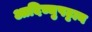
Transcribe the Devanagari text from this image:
आदिच्चुपट्ठान